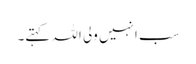
سب انہیں ولی اللہ کہتے۔